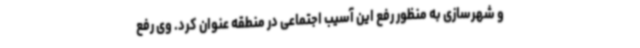
و شهرسازی به منظور رفع این آسیب اجتماعی در منطقه عنوان کرد. وی رفع